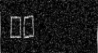
١٥